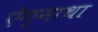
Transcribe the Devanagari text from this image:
ऐग्नाथा